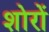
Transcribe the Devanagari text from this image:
शोरों